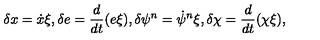
\delta x = \dot { x } \xi , \delta e = \frac { d } { d t } ( e \xi ) , \delta \psi ^ { n } = \dot { \psi } ^ { n } \xi , \delta \chi = \frac { d } { d t } ( \chi \xi ) ,